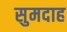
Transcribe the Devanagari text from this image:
सुमदाह